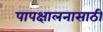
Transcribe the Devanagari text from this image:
पापक्षालनासाठी